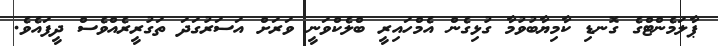
ޕާލަމެންޓްގެ ގޮނޑި ކާމިޔާބުވުމާ ގުޅިގެން އެމްހައިރީ ބްލެކްވަނީ ވަރަށް އަސަރުގަދަ ތަގުރީރެއްވެސް ދީފައެވެ.